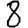
Digit: 8